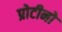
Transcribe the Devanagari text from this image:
प्रोटीनो